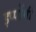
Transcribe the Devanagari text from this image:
इप्पोंगी